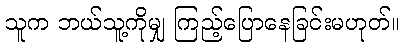
သူက ဘယ်သူ့ကိုမျှ ကြည့်ပြောနေခြင်းမဟုတ်။